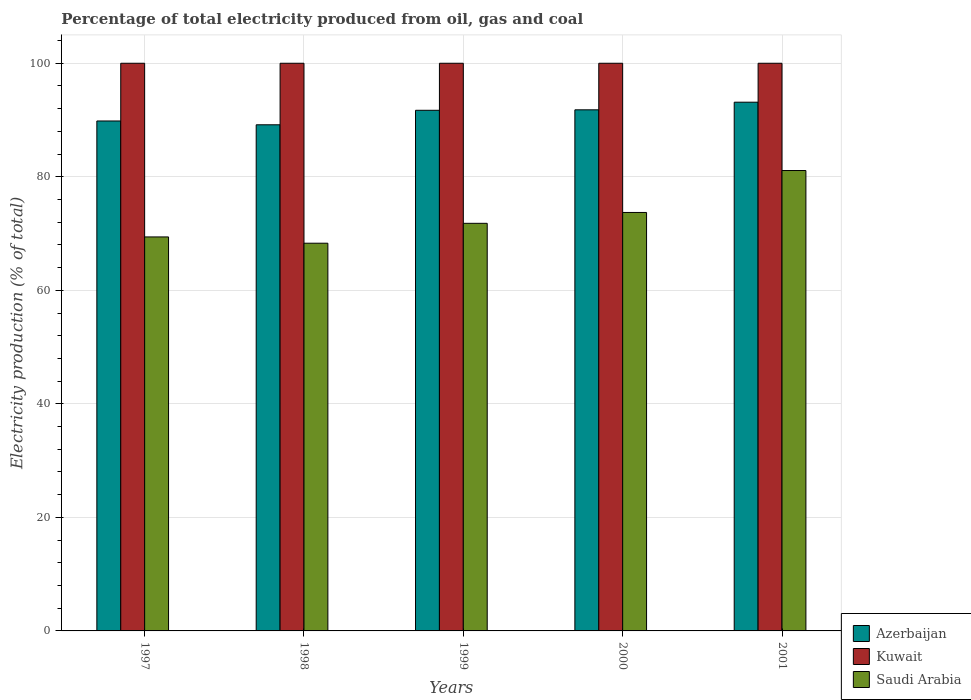
| Years | Azerbaijan | Kuwait | Saudi Arabia |
 | --- | --- | --- | --- |
 | 1997 | 89.8 | 100 | 69.4 |
 | 1998 | 89.2 | 100 | 68.3 |
 | 1999 | 91.7 | 100 | 71.8 |
 | 2000 | 91.8 | 100 | 73.7 |
 | 2001 | 93.1 | 100 | 81.1 |